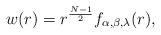
LaTeX: \begin{align*}w(r)=r^{\frac{N-1}{2}}f_{\alpha,\beta,\lambda}(r),\end{align*}